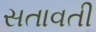
સતાવતી